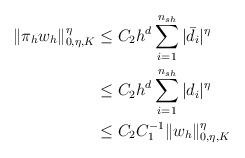
LaTeX: \begin{align*}\| \pi_h w_h \|_{0,\eta,K}^\eta &\le C_2 h^d \sum_{i=1}^{n_{sh}} |\bar{d}_i|^\eta \\&\le C_2 h^d \sum_{i=1}^{n_{sh}} |d_i|^\eta \\&\le C_2 C_1^{-1} \| w_h \|_{0,\eta,K}^\eta\end{align*}